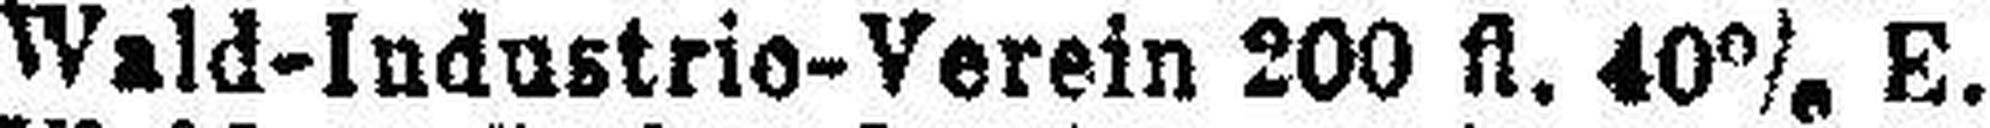
Wald-Industrio-Verein 200 fl. 40% E.